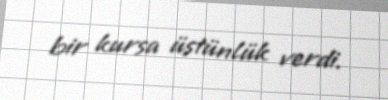
bir kursa üstünlük verdi.